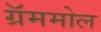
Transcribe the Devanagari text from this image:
ग्रॅममोल